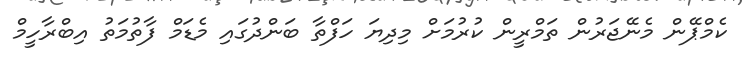
ކެމްޕޭން މެނޭޖަރުން ތަމްރީން ކުރުމަށް މިދިޔަ ހަފްތާ ބަންދުގައި މެޑަމް ފާތުމަތު އިބްރާހީމް